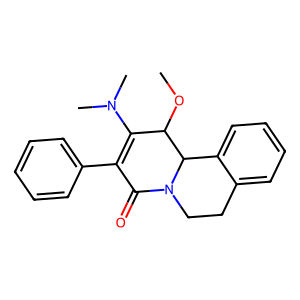
SMILES: COC1C(N(C)C)=C(c2ccccc2)C(=O)N2CCc3ccccc3C12
Inhibits HIV replication: No